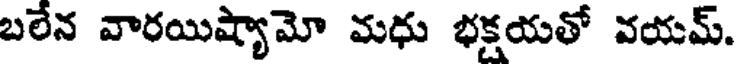
బలేన వారయిష్యామో మధు భక్షయతో వయమ్.